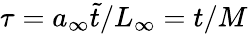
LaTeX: \tau=a_{\infty}\tilde{t}/L_{\infty}=t/M